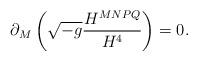
LaTeX: \begin{align*}\partial_M\left(\sqrt{-g}\frac{H^{MNPQ}}{H^4}\right)=0.\end{align*}